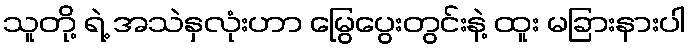
သူတို့ ရဲ့ အသဲနှလုံးဟာ မြွေပွေးတွင်းနဲ့ ထူး မခြားနားပါ